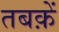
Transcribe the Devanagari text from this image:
तबक़ें